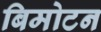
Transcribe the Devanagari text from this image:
बिमोटन